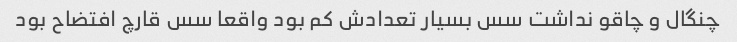
چنگال و چاقو نداشت سس بسیار تعدادش کم بود واقعا سس قارچ افتضاح بود